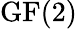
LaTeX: {\mathrm{GF}}(2)